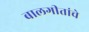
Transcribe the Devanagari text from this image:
बालगीतांचे